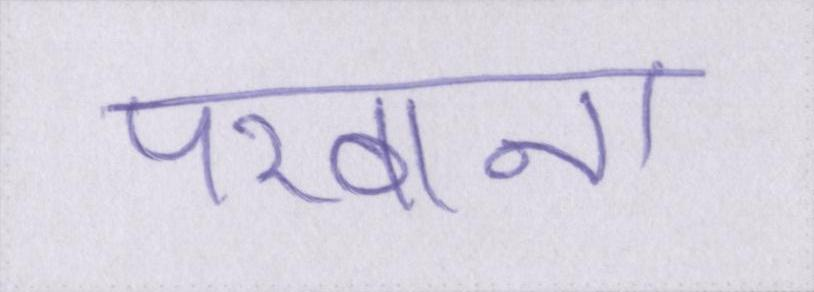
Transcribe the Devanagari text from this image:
परवाना